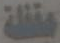
مقفلة